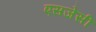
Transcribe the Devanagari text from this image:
एसजेसी